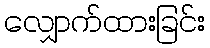
လျှောက်ထားခြင်း